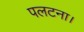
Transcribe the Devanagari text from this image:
पलटना।